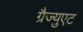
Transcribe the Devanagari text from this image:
ग्रैज्युएट